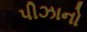
પીઝાનો